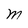
Character: M